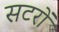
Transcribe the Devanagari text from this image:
सटरों